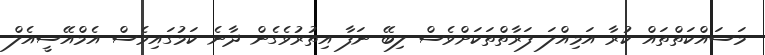
މަސައްކަތްތައް ކުރާ އަމިއްލަ ފަރާތްތަކަށްވެސް ލިބޭ ނަފާ އިތުރުވެގެން ދާނެ ކަމުގައިވެސް އެމްއޭސީއެލް